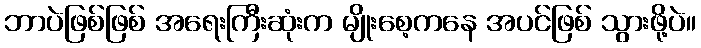
ဘာပဲဖြစ်ဖြစ် အရေးကြီးဆုံးက မျိုးစေ့ကနေ အပင်ဖြစ် သွားဖို့ပဲ။